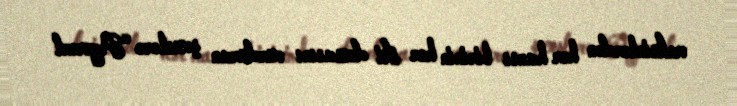
vaksinlərdən hər hansı birinin hər iki dozasını vurduran şəxslərə “Peyvənd